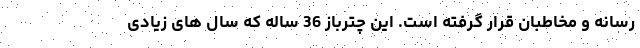
رسانه و مخاطبان قرار گرفته است. این چترباز 36 ساله که سال های زیادی